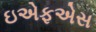
ઇએફએસ